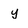
Character: y